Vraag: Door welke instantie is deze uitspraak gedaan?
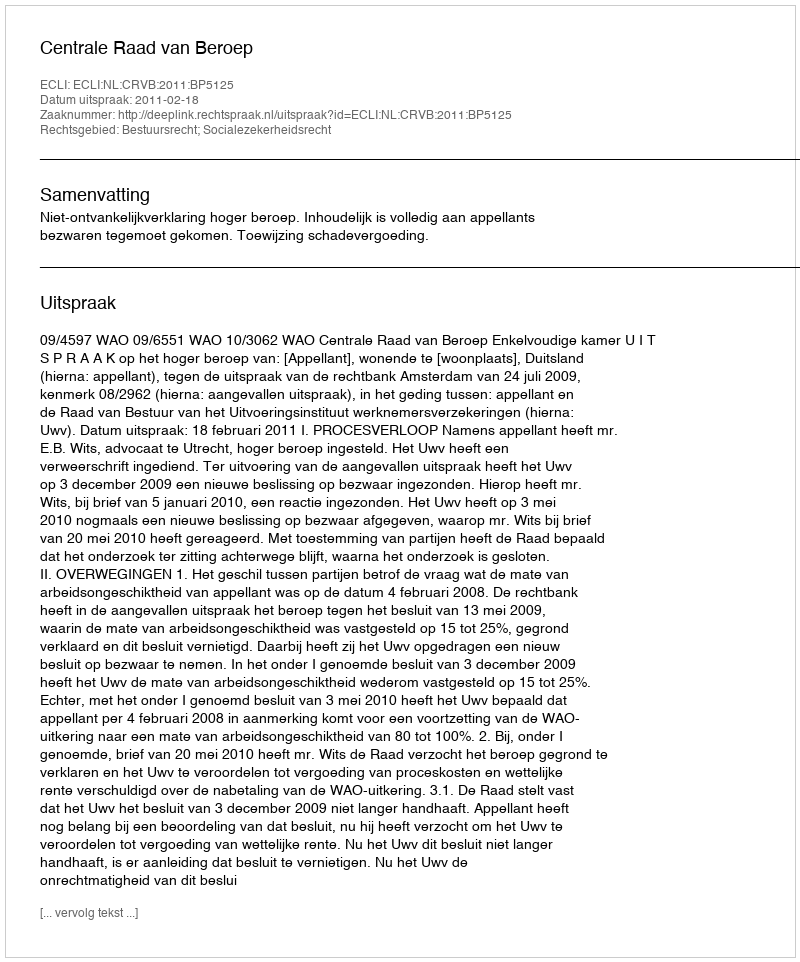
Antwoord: Centrale Raad van Beroep